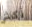
أكثر